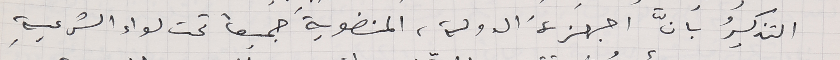
التذكيرُ بـانَّ اجهزةَ الدولة، المنضويةَ جميعاً تحت لواء الشرعيةِ